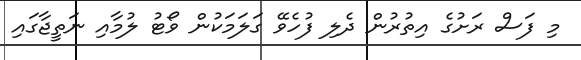
މި ފަސް ރަށުގެ އިތުރުން ދެލި ފުހެވޭ ގަލަމަކުން ވޯޓު ލުމާއި ނަތީޖާގައި